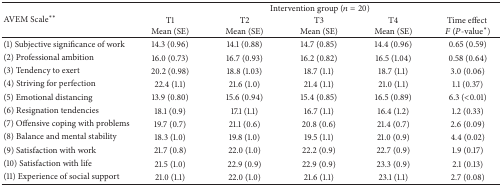
| <ROWSPAN=2> AVEM Scale** | <COLSPAN=5> Intervention group (n = 20) |
 | T1Mean (SE) | T2Mean (SE) | T3Mean (SE) | T4Mean (SE) | Time effect F (P-value*) |
 | --- | --- | --- | --- | --- | --- |
 | (1) Subjective significance of work | 14.3 (0.96) | 14.1 (0.88) | 14.7 (0.85) | 14.4 (0.96) | 0.65 (0.59) |
 | (2) Professional ambition | 16.0 (0.73) | 16.7 (0.93) | 16.2 (0.82) | 16.5 (1.04) | 0.58 (0.64) |
 | (3) Tendency to exert | 20.2 (0.98) | 18.8 (1.03) | 18.7 (1.1) | 18.7 (1.1) | 3.0 (0.06) |
 | (4) Striving for perfection | 22.4 (1.1) | 21.6 (1.0) | 21.4 (1.1) | 21.0 (1.1) | 1.1 (0.37) |
 | (5) Emotional distancing | 13.9 (0.80) | 15.6 (0.94) | 15.4 (0.85) | 16.5 (0.89) | 6.3 (<0.01) |
 | (6) Resignation tendencies | 18.1 (0.9) | 17.1 (1.1) | 16.7 (1.1) | 16.4 (1.2) | 1.2 (0.33) |
 | (7) Offensive coping with problems | 19.7 (0.7) | 21.1 (0.6) | 20.8 (0.6) | 21.4 (0.7) | 2.6 (0.09) |
 | (8) Balance and mental stability | 18.3 (1.0) | 19.8 (1.0) | 19.5 (1.1) | 21.0 (0.9) | 4.4 (0.02) |
 | (9) Satisfaction with work | 21.7 (0.8) | 22.0 (1.0) | 22.2 (0.9) | 22.7 (0.9) | 1.9 (0.17) |
 | (10) Satisfaction with life | 21.5 (1.0) | 22.9 (0.9) | 22.9 (0.9) | 23.3 (0.9) | 2.1 (0.13) |
 | (11) Experience of social support | 21.0 (1.1) | 22.0 (1.0) | 21.6 (1.1) | 23.1 (1.1) | 2.7 (0.08) |